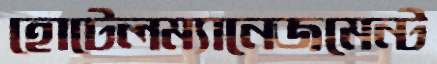
হোটেলম্যানেজমেন্ট